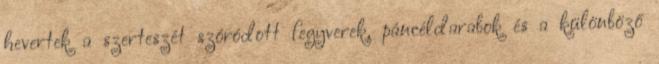
hevertek a szerteszét szóródott fegyverek, páncéldarabok és a különböző